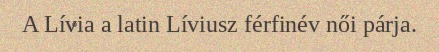
A Lívia a latin Líviusz férfinév női párja.